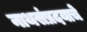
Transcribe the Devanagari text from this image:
नाथसंप्रदयाचे